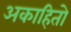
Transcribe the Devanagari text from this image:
अकाहितो